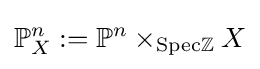
\mathbb {P} _{X}^{n}:=\mathbb {P} ^{n}\times _{\mathrm {Spec} \mathbb {Z} }X